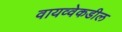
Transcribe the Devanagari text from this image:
वायव्वेकडील